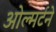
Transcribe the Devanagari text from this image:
ओल्मर्टने